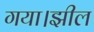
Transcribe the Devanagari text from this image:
गया।झील